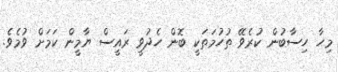
މިހާ ހިސާބުން ކުރެވޭ ތުހުމަތަކީ ބޮން ހެދުވީ ރައީސް ޔާމީން ކަމަށް ވުމެވެ.